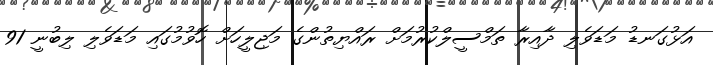
އަޅުގަނޑު މަޑަވެލި ދާއިރާ ތަމްސީލްކުރުމަށް ރައްޔިތުންގެ މަޖިލީހަށް ހޮވުމުގައި މަޑަވެލި ލިބުނީ 91